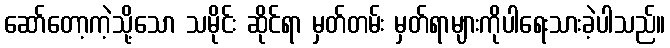
ဆော်တော့ကဲ့သို့သော သမိုင်း ဆိုင်ရာ မှတ်တမ်း မှတ်ရာများကိုပါရေးသားခဲ့ပါသည်။